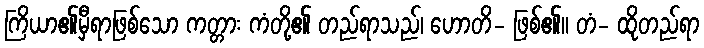
ကြိယာ၏မှီရာဖြစ်သော ကတ္တား ကံတို့၏ တည်ရာသည်၊ ဟောတိ- ဖြစ်၏။ တံ- ထိုတည်ရာ